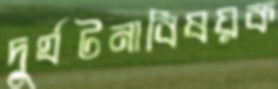
দুর্ঘটনাবিষয়ক